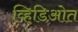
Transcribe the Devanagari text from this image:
व्हिडिओत